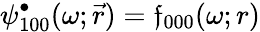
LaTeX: {\psi_{100}^{\bullet}(\omega;\vec{r})=\mathfrak{f}_{000}(\omega;r)}